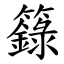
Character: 籙